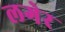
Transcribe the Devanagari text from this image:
लगेर